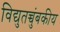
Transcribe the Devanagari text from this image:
विद्युतच्चुंबकीय